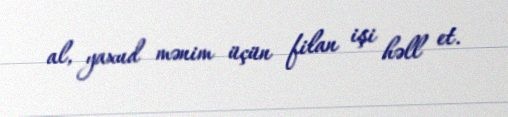
al, yaxud mənim üçün filan işi həll et.